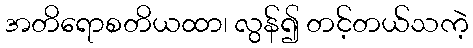
အတိရောစတိယထာ၊ လွန်၍ တင့်တယ်သကဲ့